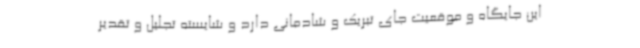
این جایگاه و موقعیت جای تبریک و شادمانی دارد و شایسته تجلیل و تقدیر